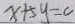
x + 5 y = 0